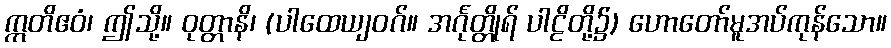
ဣတိဧဝံ၊ ဤသို့။ ဝုတ္တာနိ၊ (ပါထေယျဝဂ်။ အင်္ဂုတ္တိုရ် ပါဠိတို့၌) ဟောတော်မူအပ်ကုန်သော။